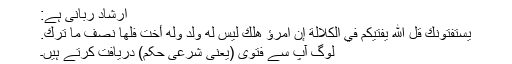
ارشادِ ربانی ہے:
يَسْتَفْتُونَكَ قُلِ اللّهُ يُفْتِيكُمْ فِي الْكَلاَلَةِ إِنِ امْرُؤٌ هَلَكَ لَيْسَ لَهُ وَلَدٌ وَلَهُ أُخْتٌ فَلَهَا نِصْفُ مَا تَرَكَ.
لوگ آپ سے فتویٰ (یعنی شرعی حکم) دریافت کرتے ہیں۔